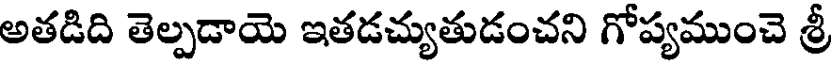
అతడిది తెల్పడాయె ఇతడచ్యుతుడంచని గోప్యముంచె శ్రీ